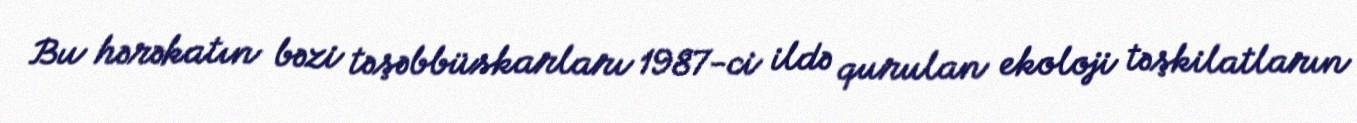
Bu hərəkatın bəzi təşəbbüskarları 1987-ci ildə qurulan ekoloji təşkilatların